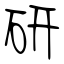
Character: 研